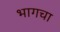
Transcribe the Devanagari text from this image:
भागचा